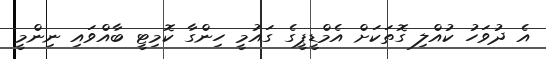
އެ ދުވަހު ކުއްލި ގޮތަކަށް އެމްޑީޕީގެ ގައުމީ ހިންގާ ކޮމިޓީ ބާއްވައި ނިންމީ